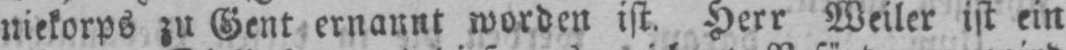
niekorps zu Gent ernannt worden ist. Herr Weiler ist ein